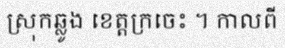
ស្រុកឆ្លូង ខេត្តក្រចេះ ។ កាលពី